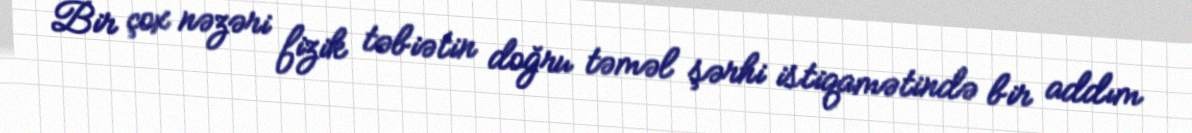
Bir çox nəzəri fizik təbiətin doğru təməl şərhi istiqamətində bir addım